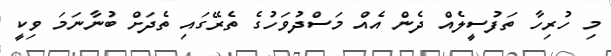
މި ހުރިހާ ތަފުސީލެއް ދެން އެއް މަސްދުވަހުގެ ތެރޭގައި ތެދަށް ބުނާނަމަ ވިކީ